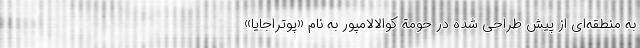
به منطقه‌ای از پیش طراحی شده در حومة کوالالامپور به نام «پوتراجایا»